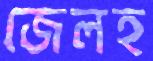
জেলহ